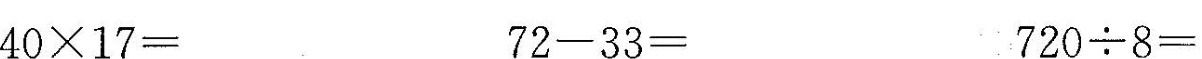
$$4 0 \times 1 7 =$$ $$7 2 - 3 3 =$$ $$7 2 0 \div 8 =$$